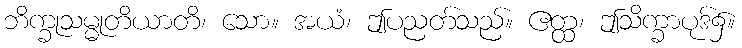
ဘိက္ခုသမ္မုတိယာတိ၊ သော။ အယံ၊ ဤပညတ်သည်။ ဧတ္ထ၊ ဤသိက္ခာပုဒ်၌။